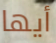
أيها